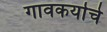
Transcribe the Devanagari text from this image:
गावकर्याचे